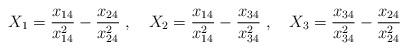
LaTeX: \begin{align*}X_1 = {x_{14}\over x^2_{14}} - {x_{24}\over x^2_{24}}\;, \quad X_2 = {x_{14}\over x^2_{14}} - {x_{34}\over x^2_{34}}\;, \quad X_3 = {x_{34}\over x^2_{34}} - {x_{24}\over x^2_{24}}\end{align*}